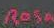
Rosa